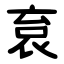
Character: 袬